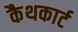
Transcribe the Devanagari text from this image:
कैथकार्ट